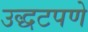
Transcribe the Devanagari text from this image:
उद्धटपणे